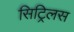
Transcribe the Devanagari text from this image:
सिट्रिलस